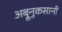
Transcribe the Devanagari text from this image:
अब्रूनुकसानी